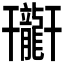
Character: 𪚟